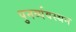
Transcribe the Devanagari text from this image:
पुनर्व्यवस्थन